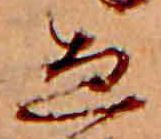
ゑ